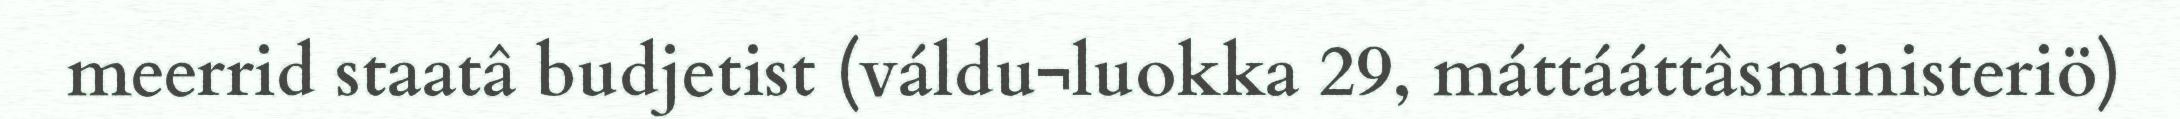
meerrid staatâ budjetist (váldu¬luokka 29, máttááttâsministeriö)